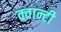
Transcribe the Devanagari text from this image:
क्वान्टी